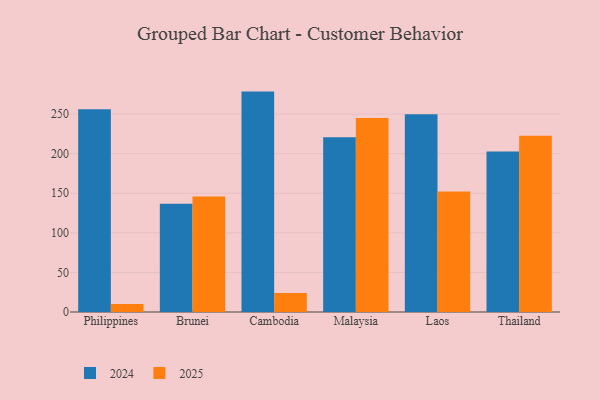
{"axis": {"x": "Country", "y": "Budget (USD K)"}, "legend": ["2024", "2025"], "data": [{"x": "Philippines", "y": 256.1, "type": "2024"}, {"x": "Philippines", "y": 10.1, "type": "2025"}, {"x": "Brunei", "y": 136.6, "type": "2024"}, {"x": "Brunei", "y": 145.8, "type": "2025"}, {"x": "Cambodia", "y": 278.4, "type": "2024"}, {"x": "Cambodia", "y": 24.0, "type": "2025"}, {"x": "Malaysia", "y": 220.8, "type": "2024"}, {"x": "Malaysia", "y": 245.1, "type": "2025"}, {"x": "Laos", "y": 249.8, "type": "2024"}, {"x": "Laos", "y": 152.3, "type": "2025"}, {"x": "Thailand", "y": 202.8, "type": "2024"}, {"x": "Thailand", "y": 222.5, "type": "2025"}]}